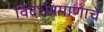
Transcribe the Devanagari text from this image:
विदर्भप्रमाणाचे